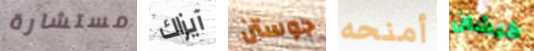
مستشارة آيزاك جوستن أمنحه كيشان